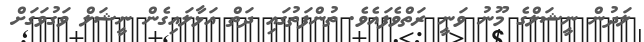
ލަދުން ނީޝަލްގެ މޫނު ވަނީ ރަތްވެފައެވެ. ތުންފަތުގައި ދަތް އަޅާލައިގެން ނީޝަލް ވަގުވަގަށް